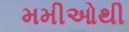
મમીઓથી